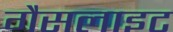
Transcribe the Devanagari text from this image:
गैसलाइट